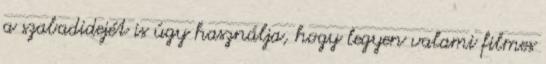
a szabadidejét is úgy használja, hogy legyen valami filmes